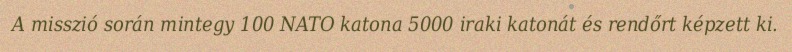
A misszió során mintegy 100 NATO katona 5000 iraki katonát és rendőrt képzett ki.